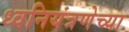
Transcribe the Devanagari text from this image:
ध्वनियंत्रणेच्या